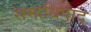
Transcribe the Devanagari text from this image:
समाधिपाद